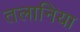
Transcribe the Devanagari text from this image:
तलानिया